Indian journal of veterinary science and animal husbandry - Volumes 18-21, 1948-1951
Year: 1948
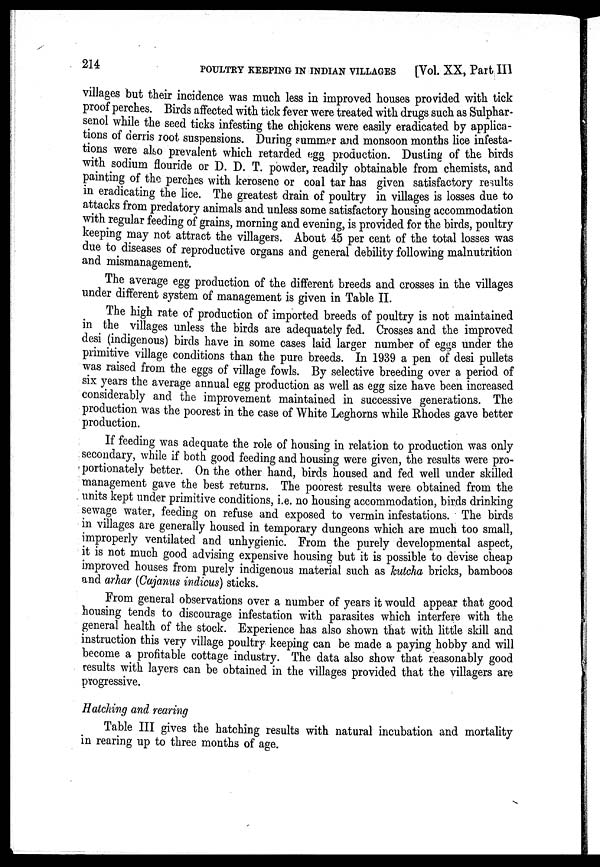
214
POULTRY KEEPING IN INDIAN VILLAGES
[Vol. XX, Part III
villages but their incidence was much less in improved houses provided with tick
proof perches. Birds affected with tick fever were treated with drugs such as Sulphar-
senol while the seed ticks infesting the chickens were easily eradicated by applica-
tions of derris root suspensions. During summer and monsoon months lice infesta-
tions were also prevalent which retarded egg production. Dusting of the birds
with sodium flouride or D. D. T. powder, readily obtainable from chemists, and
painting of the perches with kerosene or coal tar has given satisfactory results
in eradicating the lice. The greatest drain of poultry in villages is losses due to
attacks from predatory animals and unless some satisfactory housing accommodation
with regular feeding of grains, morning and evening, is provided for the birds, poultry
keeping may not attract the villagers. About 45 per cent of the total losses was
due to diseases of reproductive organs and general debility following malnutrition
and mismanagement.
The average egg production of the different breeds and crosses in the villages
under different system of management is given in Table II.
The high rate of production of imported breeds of poultry is not maintained
in the villages unless the birds are adequately fed. Crosses and the improved
desi (indigenous) birds have in some cases laid larger number of eggs under the
primitive village conditions than the pure breeds. In 1939 a pen of desi pullets
was raised from the eggs of village fowls. By selective breeding over a period of
six years the average annual egg production as well as egg size have been increased
considerably and the improvement maintained in successive generations. The
production was the poorest in the case of White Leghorns while Rhodes gave better
production.
If feeding was adequate the role of housing in relation to production was only
secondary, while if both good feeding and housing were given, the results were pro-
portionately better. On the other hand, birds housed and fed well under skilled
management gave the best returns. The poorest results were obtained from the
units kept under primitive conditions, i.e. no housing accommodation, birds drinking
sewage water, feeding on refuse and exposed to vermin infestations. The birds
in villages are generally housed in temporary dungeons which are much too small,
improperly ventilated and unhygienic. From the purely developmental aspect,
it is not much good advising expensive housing but it is possible to devise cheap
improved houses from purely indigenous material such as kutcha bricks, bamboos
and arhar (Cajanus indicus) sticks.
From general observations over a number of years it would appear that good
housing tends to discourage infestation with parasites which interfere with the
general health of the stock. Experience has also shown that with little skill and
instruction this very village poultry keeping can be made a paying hobby and will
become a profitable cottage industry. The data also show that reasonably good
results with layers can be obtained in the villages provided that the villagers are
progressive.
Hatching and rearing
Table III gives the hatching results with natural incubation and mortality
in rearing up to three months of age.